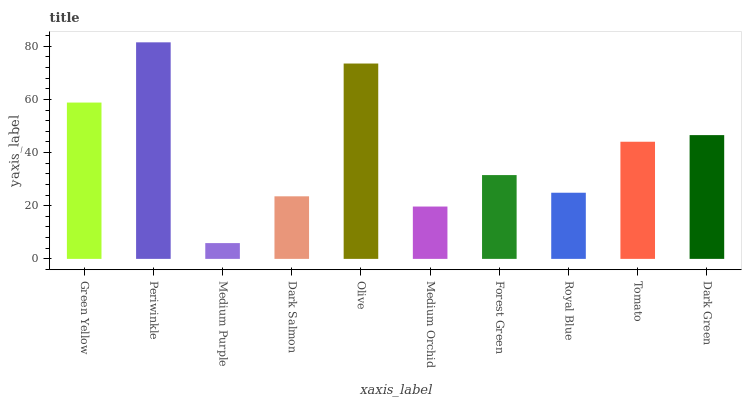
| xaxis_label | bars |
 | --- | --- |
 | Green Yellow | 58.8 |
 | Periwinkle | 81.5 |
 | Medium Purple | 5.94 |
 | Dark Salmon | 23.6 |
 | Olive | 73.5 |
 | Medium Orchid | 19.7 |
 | Forest Green | 31.5 |
 | Royal Blue | 24.9 |
 | Tomato | 44.1 |
 | Dark Green | 46.6 |